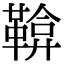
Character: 鞥